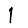
Digit: 1